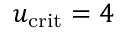
u _ { \mathrm { c r i t } } = 4